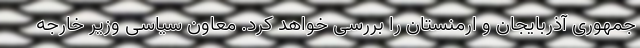
جمهوری آذربایجان و ارمنستان را بررسی خواهد کرد. معاون سیاسی وزیر خارجه